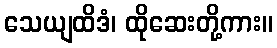
သေယျထိဒံ၊ ထိုဆေးတို့ကား။